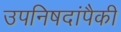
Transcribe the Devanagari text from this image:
उपनिषदांपैकी